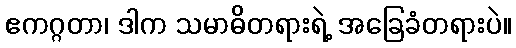
ဧကဂ္ဂတာ၊ ဒါက သမာဓိတရားရဲ့ အခြေခံတရားပဲ။